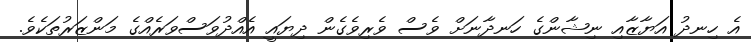
އެ ހިނދު އަޔާޒާއި ނިޝާންގެ ހަނދާނަށް ވެސް ވެރިވެގެން ދިޔައީ އެއްދުވަސްވަރެއްގެ މަންޒަރުތަކެވެ.